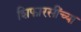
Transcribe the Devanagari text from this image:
शिफारसींच्या